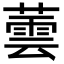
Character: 蕓